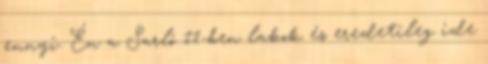
ennyi. Én a Sarló 11-ben lakok és eredetileg ide